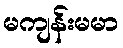
မကျန်းမမာ